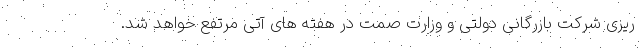
ریزی شرکت بازرگانی دولتی و وزارت صمت در هفته های آتی مرتفع خواهد شد.